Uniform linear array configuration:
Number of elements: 16
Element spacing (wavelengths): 0.75
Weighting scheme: hann
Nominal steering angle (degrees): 45
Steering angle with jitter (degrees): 45.714
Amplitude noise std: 0.05
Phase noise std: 0.05

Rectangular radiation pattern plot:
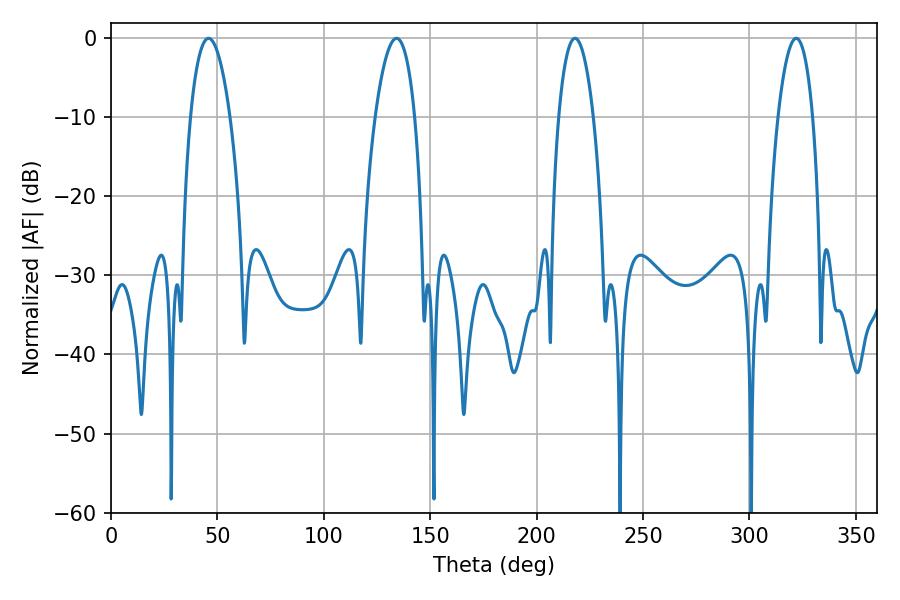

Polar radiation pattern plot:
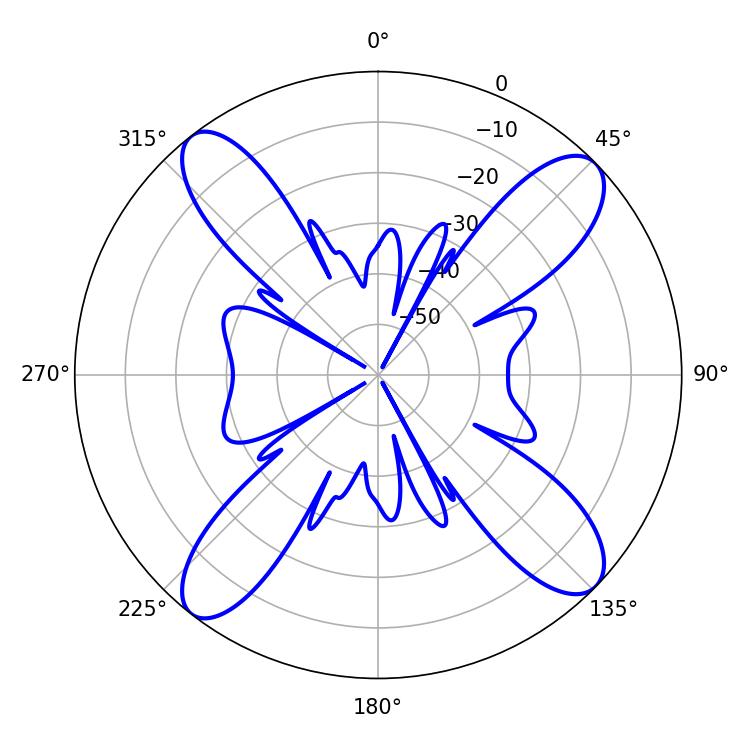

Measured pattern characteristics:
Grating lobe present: TRUE
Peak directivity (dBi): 14.693
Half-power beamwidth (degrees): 9
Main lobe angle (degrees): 217.98